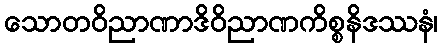
သောတဝိညာဏာဒိဝိညာဏကိစ္စနိဒဿနံ၊